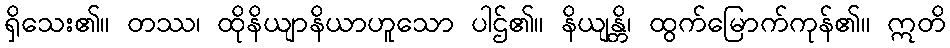
ရှိသေး၏။ တဿ၊ ထိုနိယျာနိယာဟူသော ပါဌ်၏။ နိယျန္တိ၊ ထွက်မြောက်ကုန်၏။ ဣတိ